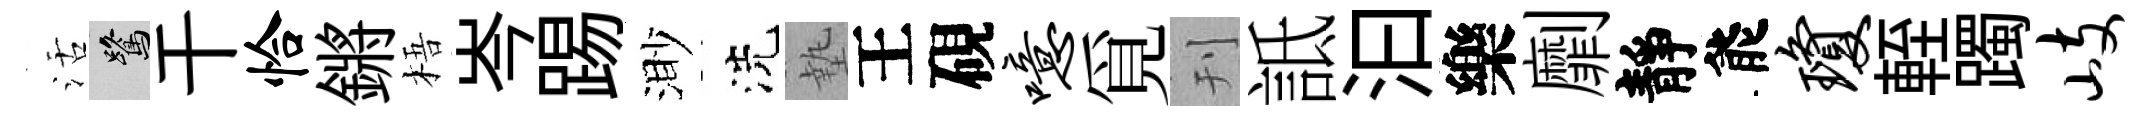
活鷺干恰鏘梧岑踢渺洗墊王硯噫覓刊詆汩樂劘靜能琼輊躅岐